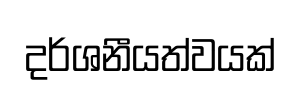
දර්ශනීයත්වයක්